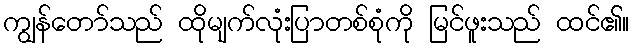
ကျွန်တော်သည် ထိုမျက်လုံးပြာတစ်စုံကို မြင်ဖူးသည် ထင်၏။